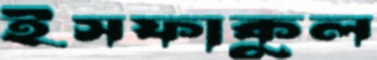
ইসফাকুল